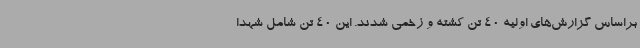
براساس گزارش‌های اولیه 40 تن کشته و زخمی شدند. این 40 تن شامل شهدا